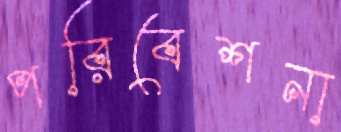
পরিবেশনা